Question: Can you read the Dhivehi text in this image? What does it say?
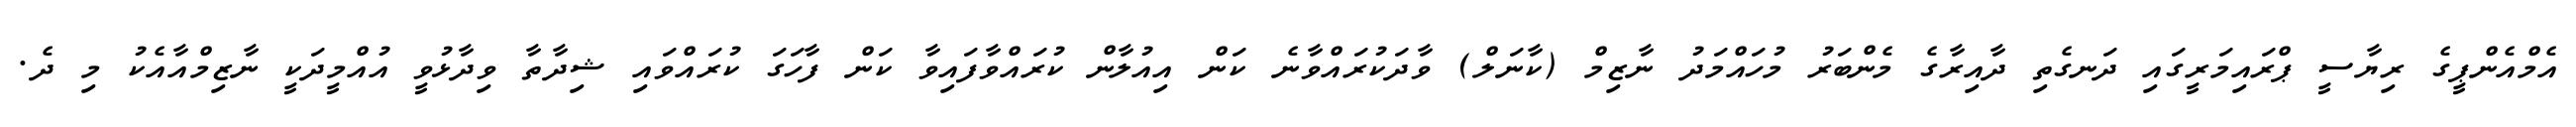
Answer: އެމްއެންޕީގެ ރިޔާސީ ޕްރައިމަރީގައި ދަނގެތި ދާއިރާގެ މެންބަރު މުހައްމަދު ނާޒިމް (ކާނަލް) ވާދަކުރައްވާނެ ކަން އިއުލާން ކުރައްވާފައިވާ ކަން ފާހަގަ ކުރައްވައި ޝިދާތާ ވިދާޅުވީ އުއްމީދަކީ ނާޒިމްއާއެކު މި ދެ.